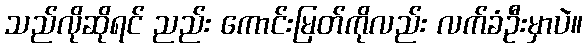
သည်လိုဆိုရင် ညည်း ကောင်းမြတ်ကိုလည်း လက်ခံဦးမှာပဲ။